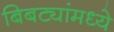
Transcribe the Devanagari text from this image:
बिबट्यांमध्ये